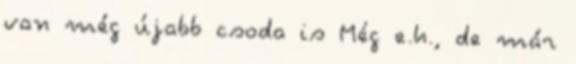
van még újabb csoda is Még e.h., de már